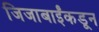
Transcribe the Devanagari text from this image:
जिजाबाईंकडून